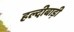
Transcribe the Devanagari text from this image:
हल्दीबाड़ी